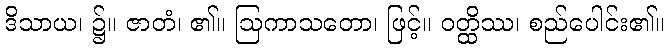
ဒိသာယ၊ ၌။ ဇာတံ၊ ၏။ ဩကာသတော၊ ဖြင့်။ ဝတ္ထိဿ၊ စည်ပေါင်း၏။